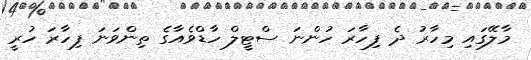
މާލޭގައި މިހާރު ދެ ފިހާރަ ހުންނަ ސްޓީލް ހާޑްވެއާގެ ތިންވަނަ ފިހާރަ ހުރީ